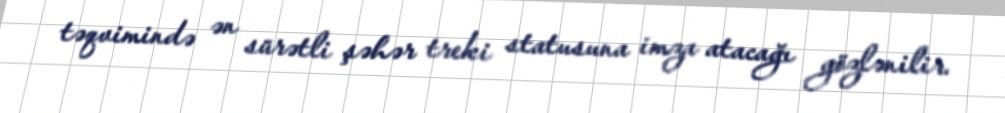
təqvimində ən sürətli şəhər treki statusuna imza atacağı gözlənilir.